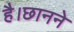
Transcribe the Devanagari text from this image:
है।छानने